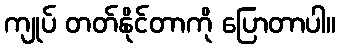
ကျုပ် တတ်နိုင်တာကို ပြောတာပါ။